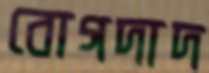
বোগদাদ